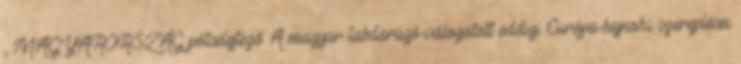
, MAGYARORSZÁG pótselejtező A magyar labdarúgó-válogatott eddigi Európa-bajnoki szereplései